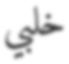
خلبي